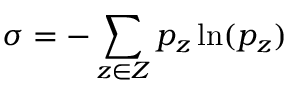
\sigma = - \sum _ { z \in Z } p _ { z } \ln ( p _ { z } )